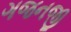
ગજનજી